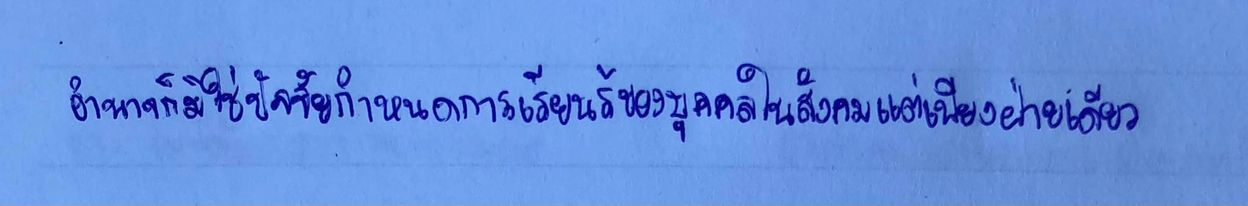
อำนาจก็มิใช่ปัจจัยกำหนดการเรียนรู้ของบุคคลในสังคมแต่เพียงฝ่ายเดียว